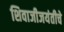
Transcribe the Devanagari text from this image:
शिवाजीजयंतीचे